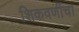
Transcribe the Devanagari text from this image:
शिकवणींचा